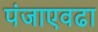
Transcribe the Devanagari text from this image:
पंजाएवढा